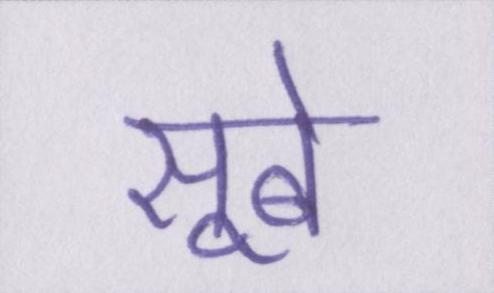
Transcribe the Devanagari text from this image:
सूबे